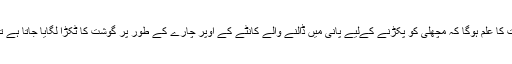
جس جس نے مچھلی کا شکار کیا ہوگا اسے ضرور اس بات کا علم ہوگا کہ مچھلی کو پکڑنے کےلیے پانی میں ڈالنے والے کانٹے کے اوپر چارے کے طور پر گوشت کا ٹکڑا لگایا جاتا ہے تا کہ مچھلی آئے چارہ کھائے، کانٹا نگلے اور پھنس جائے۔